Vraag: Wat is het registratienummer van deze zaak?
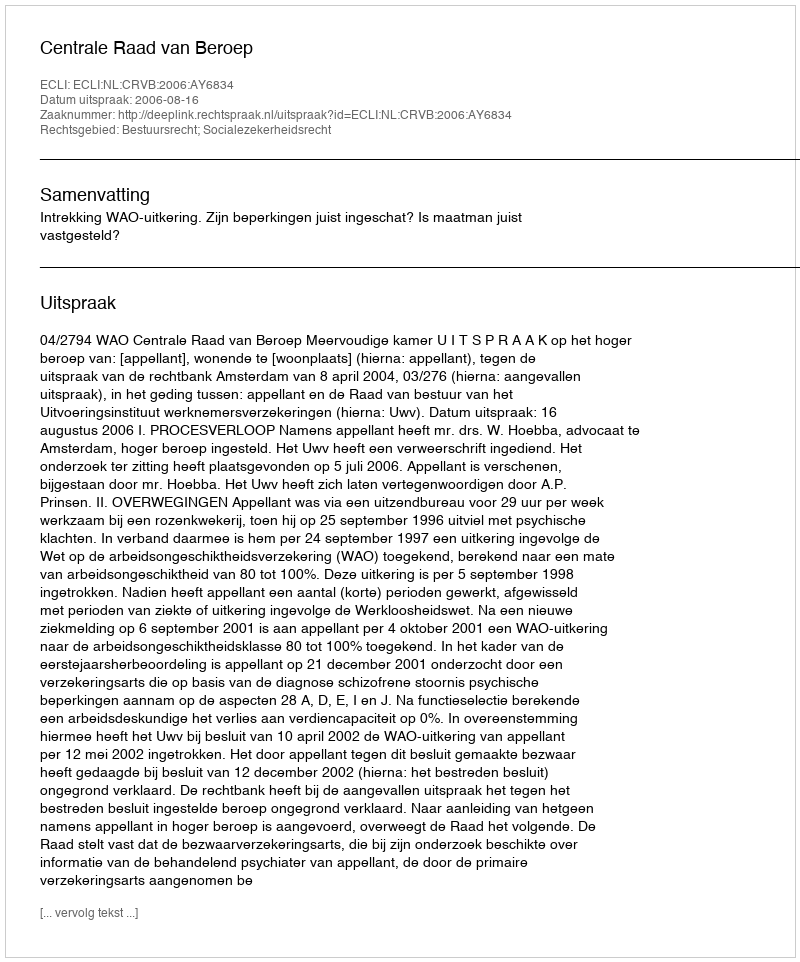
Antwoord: http://deeplink.rechtspraak.nl/uitspraak?id=ECLI:NL:CRVB:2006:AY6834